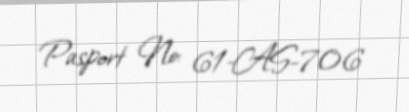
Pasport №: 61-AS-706